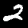
Label: 2